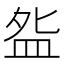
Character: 𰤸